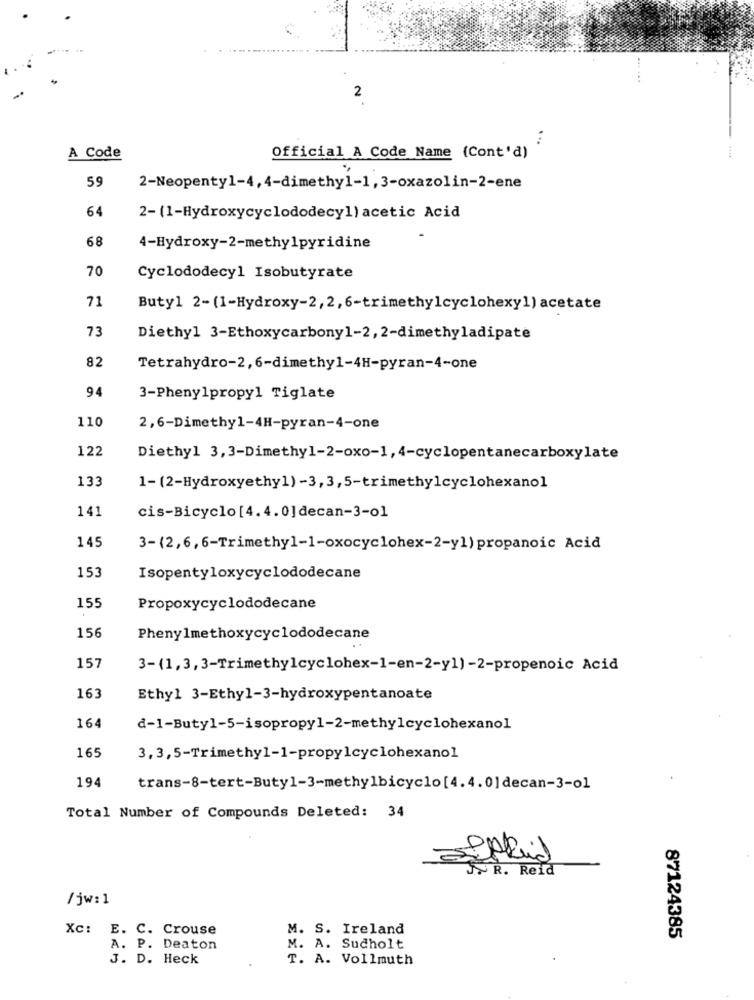
......
2
A Code
Official A Code Name (Cont'd)
59
2-Neopenty1-4,4-dimethy1-1,3-oxazolin-2-ene
64
2- (1-Hydroxycyclododecyl) acetic Acid
68
4-Hydroxy-2-methylpyridine
70
Cyclododecyl Isobutyrate
71
Butyl 2-(1-Hydroxy-2, 2, 6-trimethylcyclohexy1) acetate
73
Diethyl 3-Ethoxycarbony1-2, 2-dimethyladipate
82
Tetrahydro-2,6-dimethy1-4H-pyran-4-one
94
3-Phenylpropyl Tiglate
110
2,6-Dimethy1-4H-pyran-4-one
122
Diethyl 3,3-Dimethyl-2-oxo-1, 4-cyclopentanecarboxylate
133
1-(2-Hydroxyethy1) -3,3,5-trimethylcyclohexanol
141
cis-Bicyclo [4.4. 0]decan-3-01
145
3-(2,6,6-Trimethyl-1-oxocyclohex-2-y1) propanoic Acid
153
Isopentyloxycyclododecane
155
Propoxycyclododecane
156
Phenylmethoxycyclododecane
157
3-(1,3,3-Trimethylcyclohex-1-en-2-y1)-2-propenoic Acid
163
Ethyl 3-Ethyl-3-hydroxypentanoate
164
d-1-Butyl-5-isopropyl-2-methylcyclohexanol
165
3, 3,5-Trimethyl-1-propylcyclohexanol
194
trans-8-tert-Buty1-3-methylbicyclo[4.4.0] decan-3-o1
Total Number of Compounds Deleted: 34
Epid
JPR. Reid
/jw: 1
Xc: E. C. Crouse
M. S. Ireland
87124385
A. P. Deaton
M. A. Sucholt
J. D. Heck
T. A. Vollmuth